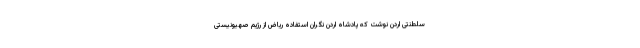
سلطنتی اردن نوشت که پادشاه اردن نگران استفاده ریاض از رژیم صهیونیستی